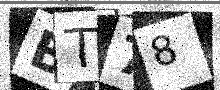
Text: BT78